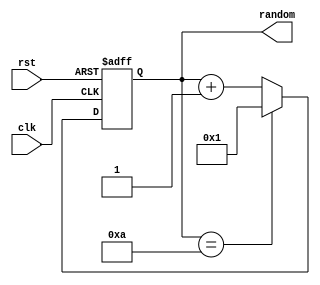
//RANDOM NUM GENERATOR
module random_num_gen (
    input clk,
    input rst,
    //input card,
    output reg [3:0]random
);
    always @(posedge clk or negedge rst) begin
        if(!rst)
            random<=1;
        else if(random==10)
            begin
                random<=1;
            end
        else
            begin
                random<=random+1;
            end
    end
endmodule

/*
//random number
    wire [3:0]random_num;
    random_num=$urandom_range(1,9);
*/